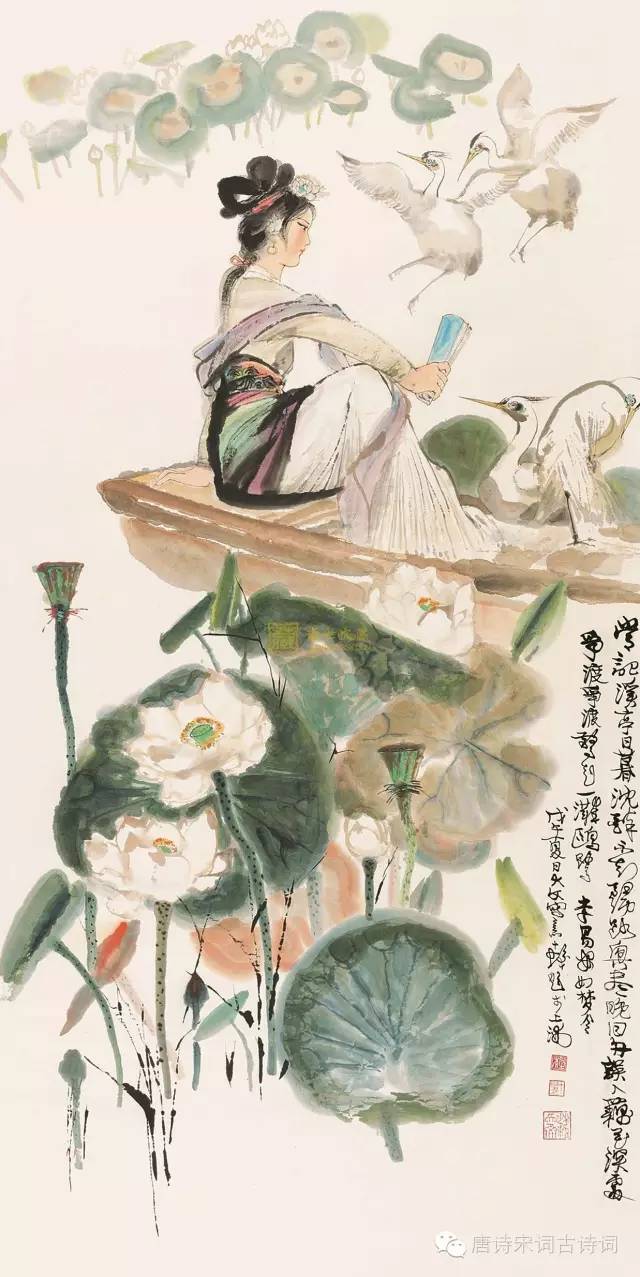
争渡，争渡，惊起一滩鸥鹭。